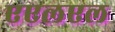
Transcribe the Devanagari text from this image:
एएलएल